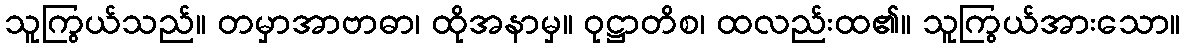
သူကြွယ်သည်။ တမှာအာဗာဓာ၊ ထိုအနာမှ။ ဝုဋ္ဌာတိစ၊ ထလည်းထ၏။ သူကြွယ်အားသော။